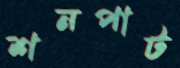
শনপাট